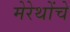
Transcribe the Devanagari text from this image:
मेरेथोंचे